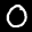
Label: 0